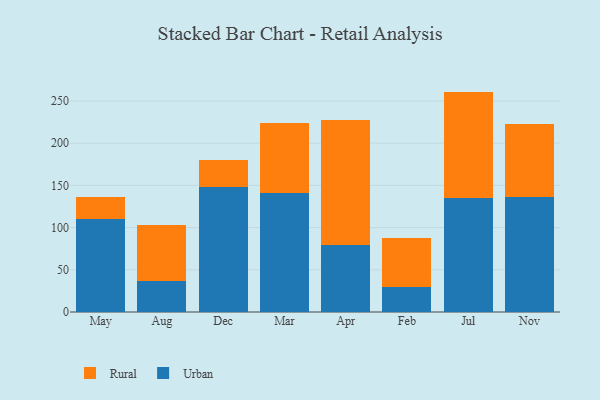
{"axis": {"x": "Month", "y": "Churn Rate (%)"}, "legend": ["Rural", "Urban"], "data": [{"x": "May", "y": 110.7, "type": "Urban"}, {"x": "May", "y": 25.0, "type": "Rural"}, {"x": "Aug", "y": 36.9, "type": "Urban"}, {"x": "Aug", "y": 66.5, "type": "Rural"}, {"x": "Dec", "y": 148.1, "type": "Urban"}, {"x": "Dec", "y": 31.6, "type": "Rural"}, {"x": "Mar", "y": 140.6, "type": "Urban"}, {"x": "Mar", "y": 83.0, "type": "Rural"}, {"x": "Apr", "y": 79.1, "type": "Urban"}, {"x": "Apr", "y": 147.9, "type": "Rural"}, {"x": "Feb", "y": 29.2, "type": "Urban"}, {"x": "Feb", "y": 58.1, "type": "Rural"}, {"x": "Jul", "y": 135.6, "type": "Urban"}, {"x": "Jul", "y": 125.5, "type": "Rural"}, {"x": "Nov", "y": 136.2, "type": "Urban"}, {"x": "Nov", "y": 86.8, "type": "Rural"}]}